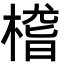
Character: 㮷